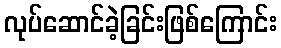
လုပ်ဆောင်ခဲ့ခြင်းဖြစ်ကြောင်း